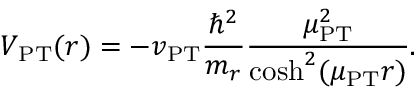
V _ { \mathrm { P T } } ( r ) = - v _ { \mathrm { P T } } \frac { \hbar ^ { 2 } } { m _ { r } } \frac { \mu _ { \mathrm { P T } } ^ { 2 } } { \cosh ^ { 2 } ( \mu _ { \mathrm { P T } } r ) } .